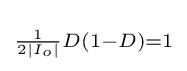
\scriptstyle {\frac {1}{2\left|I_{o}\right|}}D\left(1-D\right)=1